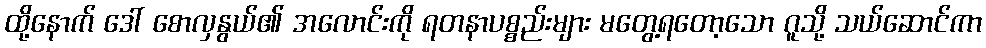
ထို့နောက် ဒေါ် စောလှနွယ်၏ အလောင်းကို ရတနာပစ္စည်းများ မတွေ့ရတော့သော ဂူသို့ သယ်ဆောင်ကာ